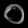
Digit: ၀